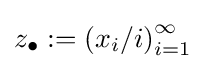
z_{\bullet }:=\left(x_{i}/i\right)_{i=1}^{\infty }